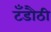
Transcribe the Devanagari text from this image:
टँडौठी